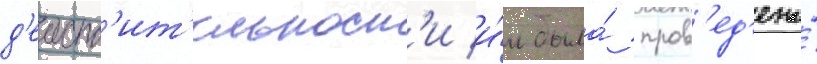
д'еиств'ит'ельност'и и́м была́ пров'ед'ена́